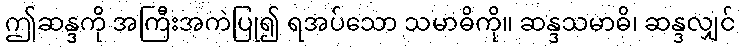
ဤဆန္ဒကို အကြီးအကဲပြု၍ ရအပ်သော သမာဓိကို။ ဆန္ဒသမာဓိ၊ ဆန္ဒလျှင်